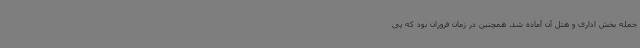
جمله بخش اداری و هتل آن آماده شد. همچنین در زمان فروزان بود که پی